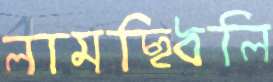
লামছিধলি